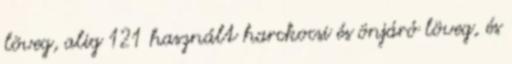
löveg, alig 121 használt harckocsi és önjáró löveg, és